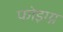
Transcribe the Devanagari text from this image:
फोइग्न्य